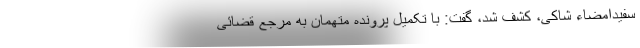
سفیدامضاء شاکی، کشف شد، گفت: با تکمیل پرونده متهمان به مرجع قضائی